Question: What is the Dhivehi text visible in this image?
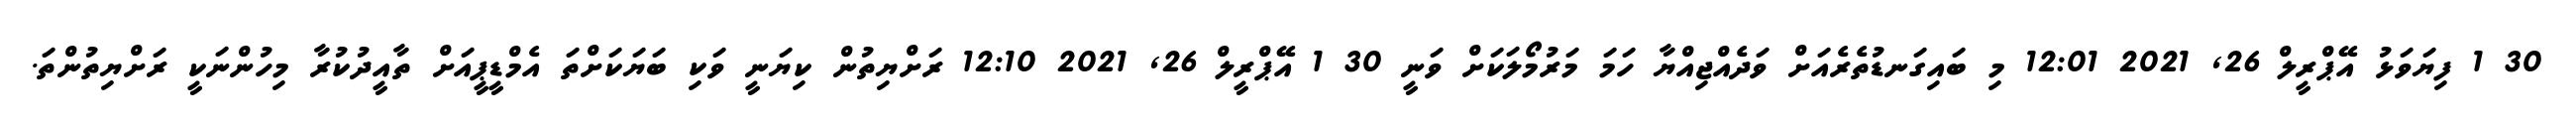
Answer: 30 1 ފިޔަވަޅު އޭޕްރީލް 26, 2021 12:01 މި ބައިގަނޑުތެރެއަށް ވަދެއްޖިއްޔާ ހަމަ މަރުމޯލަކަށް ވަނީ 30 1 އޭޕްރީލް 26, 2021 12:10 ރަށްޔިތުން ކިޔަނީ ވަކި ބަޔަކަށްތަ އެމްޑީޕީއަށް ތާއީދުކުރާ މިހުންނަކީ ރަށްޔިތުންތަ.